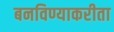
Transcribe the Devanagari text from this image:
बनविण्याकरीता